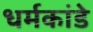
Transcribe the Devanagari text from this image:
धर्मकांडे